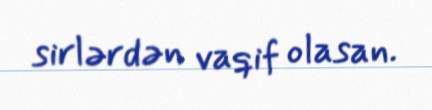
sirlərdən vaqif olasan.